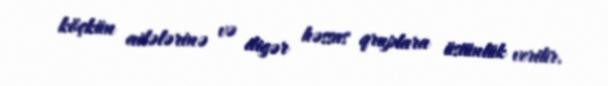
köçkün ailələrinə və digər həssas qruplara üstünlük verilir.